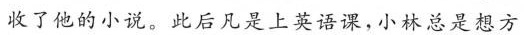
收了他的小说。此后凡是上英语课，小林总是想方